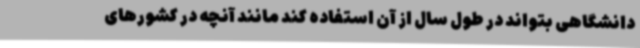
دانشگاهی بتواند در طول سال از آن استفاده کند مانند آنچه در کشورهای